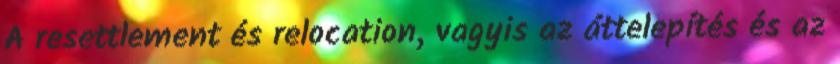
A resettlement és relocation, vagyis az áttelepítés és az